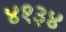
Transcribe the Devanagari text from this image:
४१३४